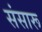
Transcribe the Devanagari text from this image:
संसारू